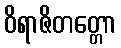
ဝိရာဇိတတ္တော